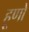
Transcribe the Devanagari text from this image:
हूणो